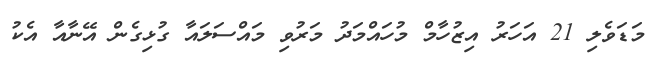
މަޑަވެލި 21 އަހަރު އިޒުހާމް މުހައްމަދު މަރުވި މައްސަލައާ ގުޅިގެން އޭނާއާ އެކު